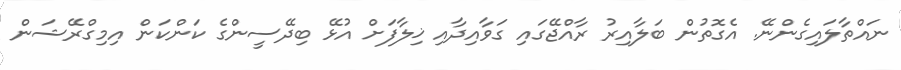
ނައްތާލައިގެންނޭ. އެގޮތުން ބަލާއިރު ރާއްޖޭގައި ގަވާއިދާއި ޚިލާފަށް އުޅޭ ބިދޭސީންގެ ކަންކަން އިމިގްރޭޝަން